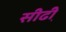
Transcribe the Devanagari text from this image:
सीढी़